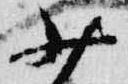
少